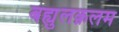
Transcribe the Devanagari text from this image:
बह्युलक़लम